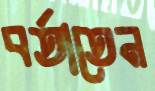
বর্তাতেন